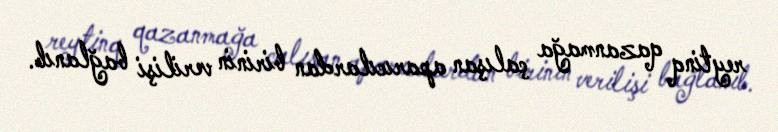
reytinq qazanmağa çalışan aparıcılardan birinin verilişi bağlanıb.